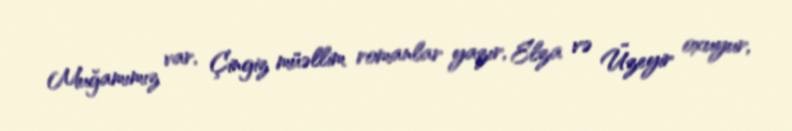
Muğamımız var, Çingiz müəllim romanlar yazır, Elza və Üzeyir oxuyur,